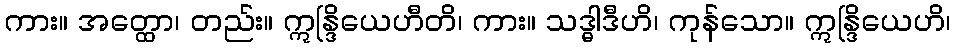
ကား။ အတ္ထော၊ တည်း။ ဣန္ဒြိယေဟီတိ၊ ကား။ သဒ္ဓါဒီဟိ၊ ကုန်သော။ ဣန္ဒြိယေဟိ၊